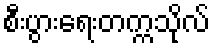
စီးပွားရေးတက္ကသိုလ်